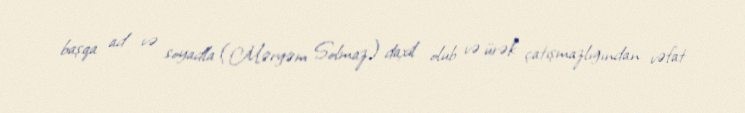
başqa ad və soyadla (Məryəm Solmaz) daxil olub və ürək çatışmazlığından vəfat